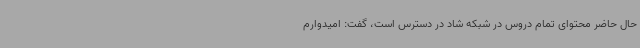
حال حاضر محتوای تمام دروس در شبکه شاد در دسترس است، گفت: امیدوارم